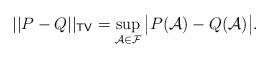
LaTeX: \begin{align*}||P-Q||_{\mathsf{TV}}=\sup_{\mathcal{A}\in\mathcal{F}}\big|P(\mathcal{A})-Q(\mathcal{A})\big|.\end{align*}